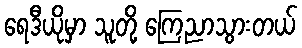
ရေဒီယိုမှာ သူတို့ ကြေညာသွားတယ်